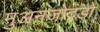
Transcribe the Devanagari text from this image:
मुअनजोदडो